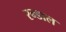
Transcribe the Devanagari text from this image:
रन्डाल